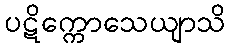
ပဋိက္ကောသေယျာသိ